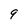
Character: 9